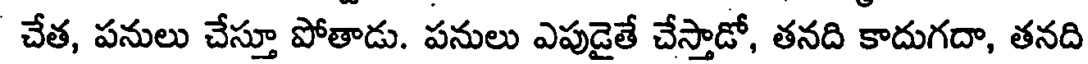
చేత, పనులు చేస్తూ పోతాడు. పనులు ఎపుడైతే చేస్తాడో, తనది కాదుగదా, తనది